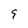
Character: 9